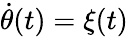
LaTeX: \dot{\theta}(t)=\xi(t)